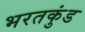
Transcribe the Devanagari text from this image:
भरतकुंड